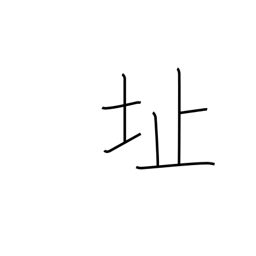
Meaning: ruins